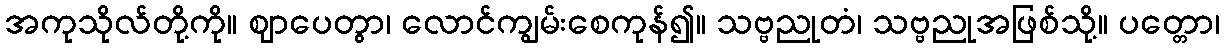
အကုသိုလ်တို့ကို။ ဈာပေတွာ၊ လောင်ကျွမ်းစေကုန်၍။ သဗ္ဗညုတံ၊ သဗ္ဗညုအဖြစ်သို့။ ပတ္တော၊